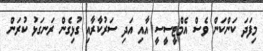
މިފަދަ ކަންކަން ވެސް އެމްޓީސީސީ އާއި އަދި ސަރުކާރާއި ގުޅިގެން ރަނގަޅު ކުރަން